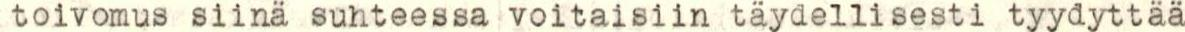
toivomus siinä suhteessa voitaisiin täydellisesti tyydyttää